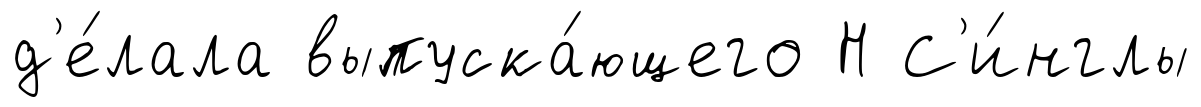
д'е́лала выпуска́ющего Н С'и́нглы